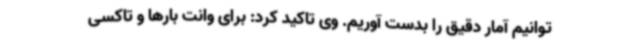
توانیم آمار دقیق را بدست آوریم. وی تاکید کرد: برای وانت بارها و تاکسی